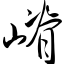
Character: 嵴